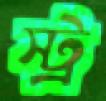
স্ট্র